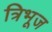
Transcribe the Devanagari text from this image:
त्रिभूज